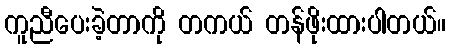
ကူညီပေးခဲ့တာကို တကယ် တန်ဖိုးထားပါတယ်။